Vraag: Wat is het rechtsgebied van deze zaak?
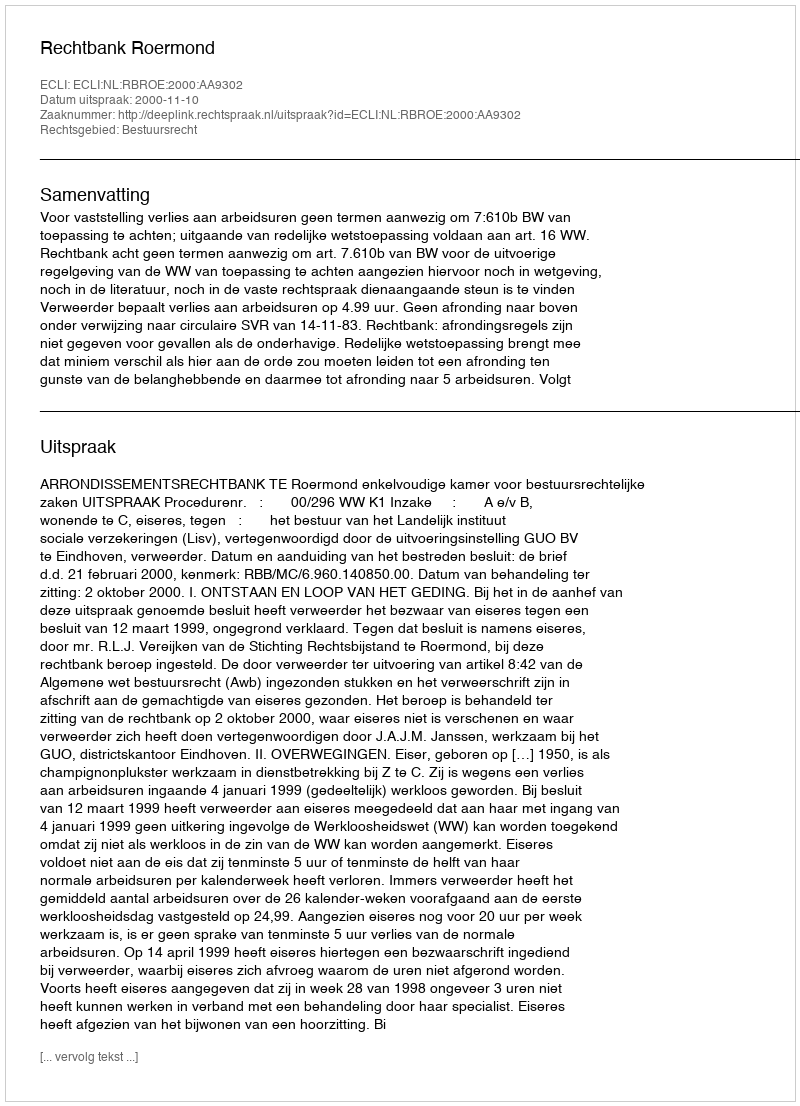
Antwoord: Bestuursrecht